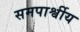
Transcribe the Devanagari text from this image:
समपार्श्वीय